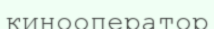
кинооператор